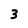
Character: 3